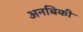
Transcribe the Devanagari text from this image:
अनबिकी